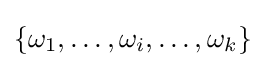
\{\omega _{1},\dots ,\omega _{i},\dots ,\omega _{k}\}